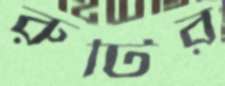
রুটির